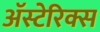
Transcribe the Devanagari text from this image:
अॅस्टेरिक्स